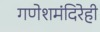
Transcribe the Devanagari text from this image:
गणेशमंदिरेही